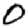
Digit: 0